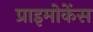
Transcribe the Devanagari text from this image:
प्राइमोकेंस